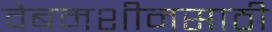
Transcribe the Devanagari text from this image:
वेबमशीनसाठी